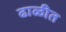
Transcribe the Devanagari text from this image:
ढाळीत